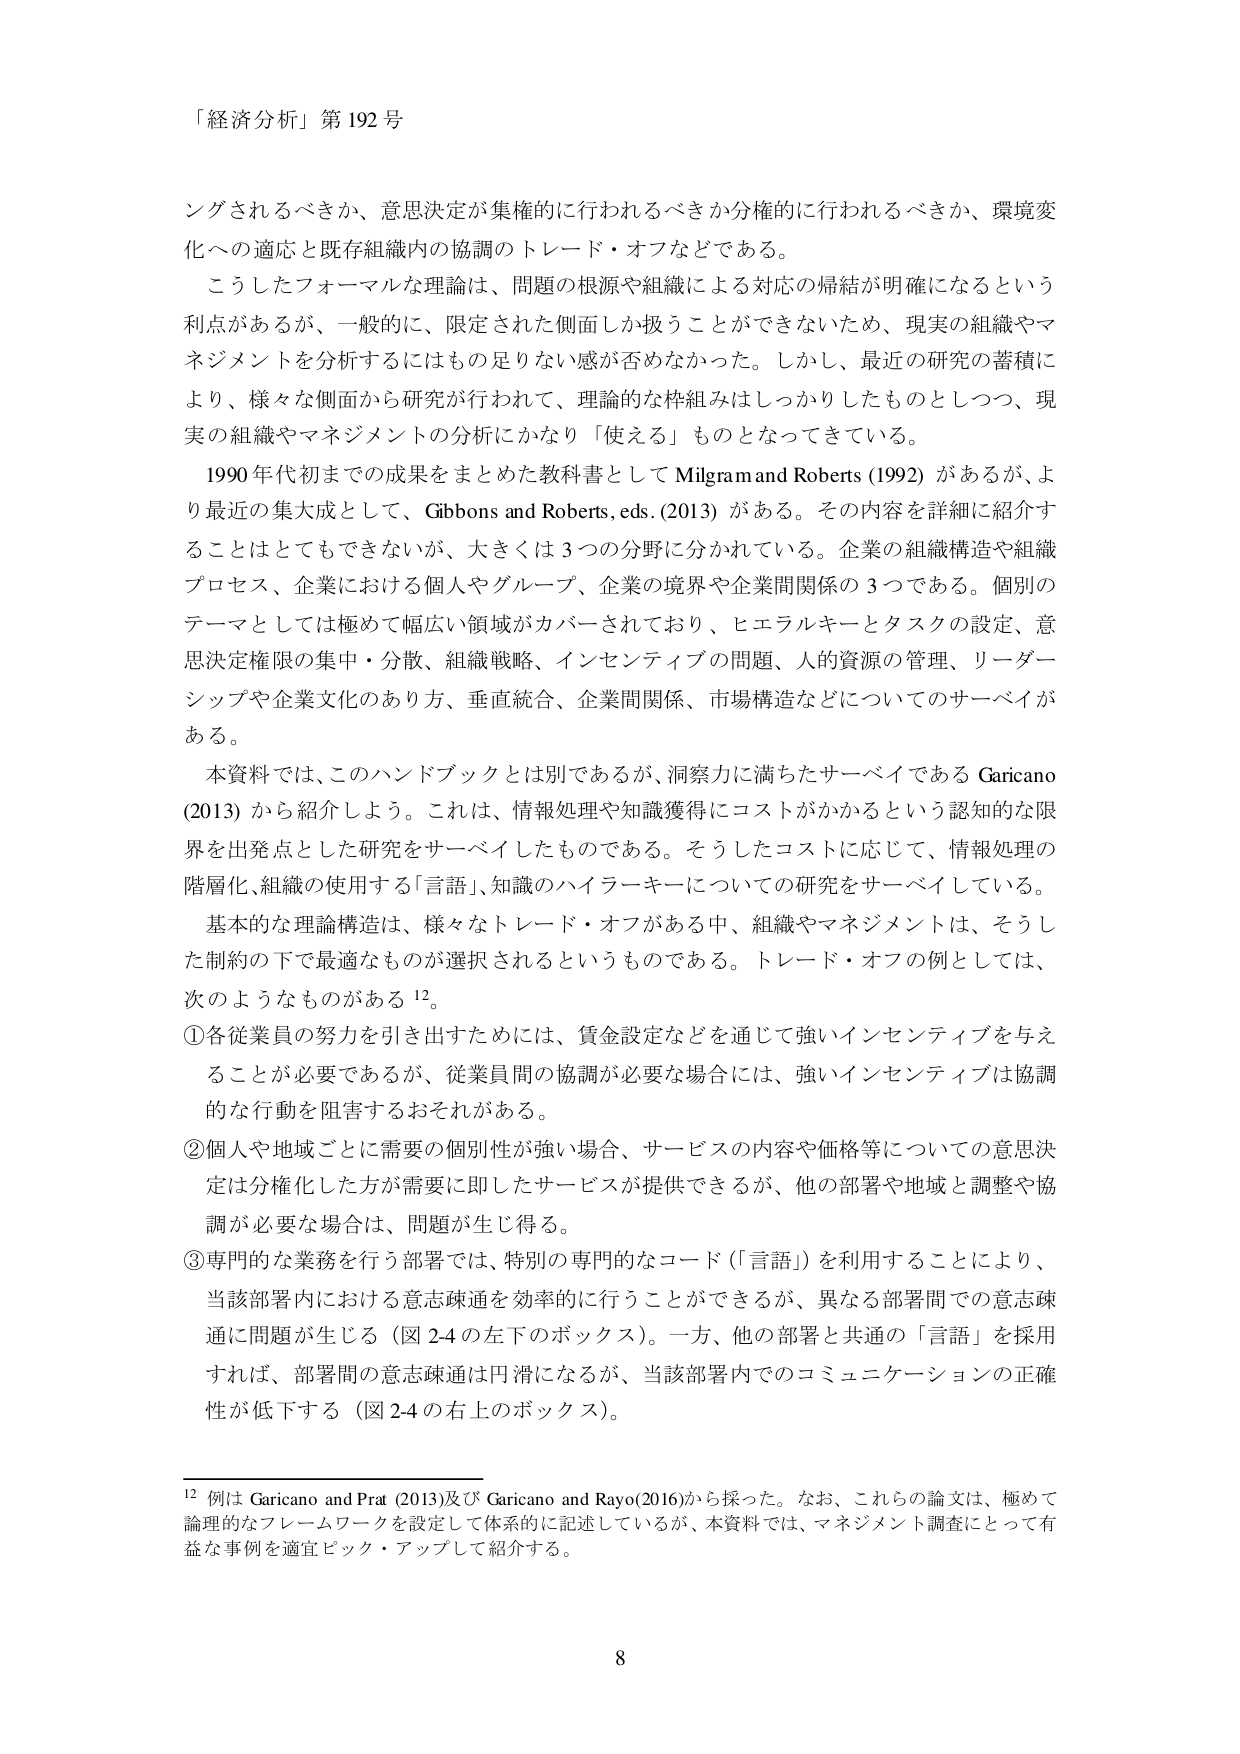
「経済分析」第192号

ングされるべきか、意思決定が集権的に行われるべきか分権的に行われるべきか、環境変化への適応と既存組織内の協調のトレード・オフなどである。

こうしたフォーマルな理論は、問題の根源や組織による対応の帰結が明確になるという利点があるが、一般的に、限定された側面しか扱うことができないため、現実の組織やマネジメントを分析するにはもの足りない感が否めなかった。しかし、最近の研究の蓄積により、様々な側面から研究が行われて、理論的な枠組みはしっかりしたものとしつつ、現実の組織やマネジメントの分析にかなり「使える」ものとなってきている。

1990年代初までの成果をまとめた教科書として Milgram and Roberts (1992) があるが、より最近の集大成として、Gibbons and Roberts, eds. (2013) がある。その内容を詳細に紹介することはとてもできないが、大きくは3つの分野に分かれている。企業の組織構造や組織プロセス、企業における個人やグループ、企業の境界や企業間関係の3つである。個別のテーマとしては極めて幅広い領域がカバーされており、ヒエラルキーとタスクの設定、意思決定権限の集中・分散、組織戦略、インセンティブの問題、人的資源の管理、リーダーシップや企業文化のあり方、垂直統合、企業間関係、市場構造などについてのサーベイがある。

本資料では、このハンドブックとは別であるが、洞察力に満ちたサーベイである Garicano (2013) から紹介しよう。これは、情報処理や知識獲得にコストがかかるという認知的な限界を出発点とした研究をサーベイしたものである。そうしたコストに応じて、情報処理の階層化、組織の使用する「言語」、知識のハイラーキーについての研究をサーベイしている。

基本的な理論構造は、様々なトレード・オフがある中、組織やマネジメントは、そうした制約の下で最適なものが選択されるというものである。トレード・オフの例としては、次のようなものがある12。

①各従業員の努力を引き出すためには、賃金設定などを通じて強いインセンティブを与えることが必要であるが、従業員間の協調が必要な場合には、強いインセンティブは協調的な行動を阻害するおそれがある。

②個人や地域ごとに需要の個別性が強い場合、サービスの内容や価格等についての意思決定は分権化した方が需要に即したサービスが提供できるが、他の部署や地域と調整や協調が必要な場合は、問題が生じ得る。

③専門的な業務を行う部署では、特別の専門的なコード（「言語」）を利用することにより、当該部署内における意志疎通を効率的に行うことができるが、異なる部署間での意志疎通に問題が生じる（図2-4の左下のボックス）。一方、他の部署と共通の「言語」を採用すれば、部署間の意志疎通は円滑になるが、当該部署内でのコミュニケーションの正確性が低下する（図2-4の右上のボックス）。

12 例は Garicano and Prat (2013) 及び Garicano and Rayo (2016) から採った。なお、これらの論文は、極めて論理的なフレームワークを設定して体系的に記述しているが、本資料では、マネジメント調査にとって有益な事例を適宜ピック・アップして紹介する。

8